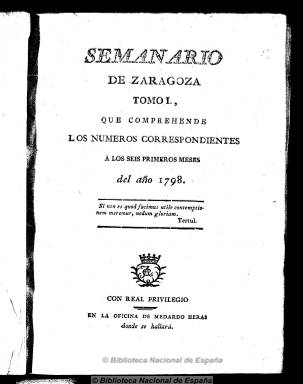
Título: Semanario de Zaragoza
Colección: Periódicos anteriores a 1850
Ámbito geográfico: Zaragoza
Lugar de publicación: Zaragoza
Fechas: 01/01/1798-26/03/1801

Periódico de talante ilustrado impreso, con Real privilegio, por Medardo de Heras, que era también su editor, y que tiene dos épocas. En la primera publica 243 números, desde el uno de enero de 1798 al 26 de marzo de 1801, al principio con periodicidad bisemanal (lunes y viernes) y ocho páginas por número, y después con frecuencia semanal (sólo los jueves) pero aumentando hasta las 16 páginas cada número. En su segunda época adoptará el título de Semanario literario de Zaragoza, publicándose desde el 14 de febrero al 7 de julio de 1803, otra vez con periodicidad bisemanal (lunes y jueves).

Dedicado a la divulgación científico-literaria y las artes, publicará artículos, a veces en forma de discursos o cartas remitidas al editor, sobre lo que considera novedades y descubrimientos en las ciencias prácticas y experimentales, de economía, agricultura, medicina, geografía, astronomía, así como de crítica literaria, teatral y de costumbres y asuntos morales. También publicará artículos de historia, especialmente una serie dedicada a la de Aragón. Entre sus redactores y colaboradores se encuentran José Mor de Fuentes, José de Asso y Félix Latassa, entre otros. Asimismo publica fábulas y composiciones poéticas (de temas amorosos, religiosos, etc.) y reeditará poemas de Jovellanos, Meléndez Valdés e Iriarte, entre otros. Sus noticias locales son escasísimas.